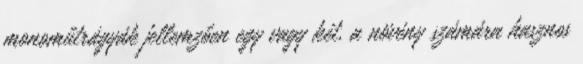
monoműtrágyák jellemzően egy vagy két, a növény számára hasznos